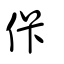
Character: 佧